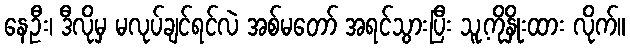
နေဦး၊ ဒီလိုမှ မလုပ်ချင်ရင်လဲ အစ်မတော် အရင်သွားပြီး သူ့ကိုနှိုးထား လိုက်။